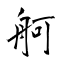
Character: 舸